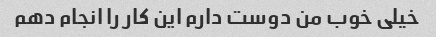
خیلی خوب من دوست دارم این کار را انجام دهم